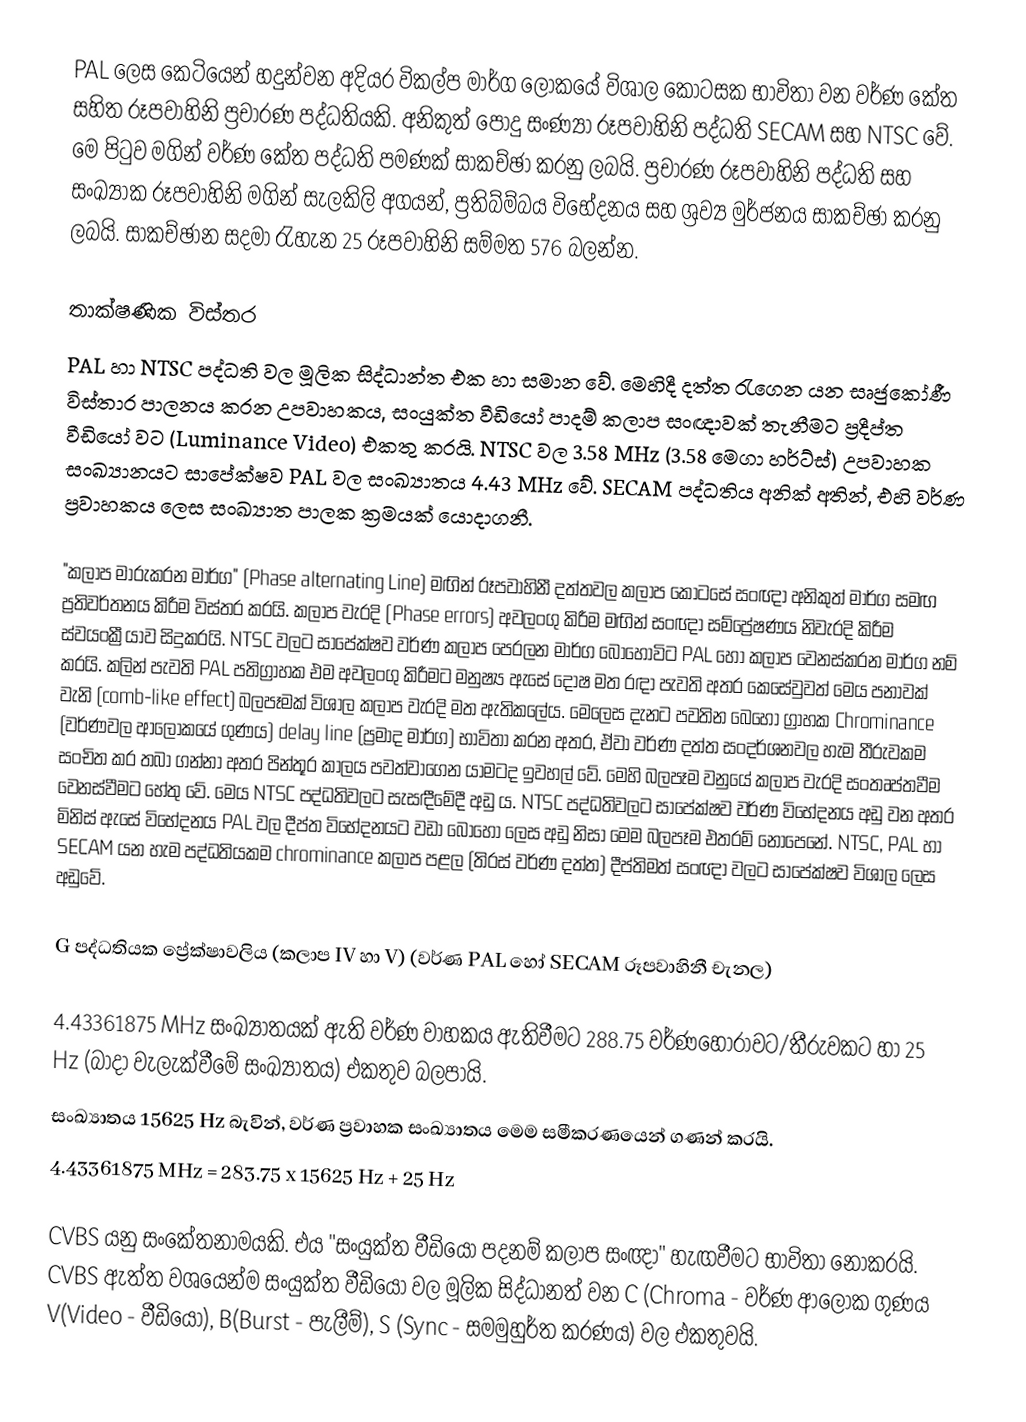
PAL ලෙස කෙටියෙන් හදුන්වන අදියර විකල්ප මාර්ග ලෝකයේ විශාල කොටසක භාවිතා වන වර්ණ කේත සහිත රූපවාහිනි ප්‍රචාරණ පද්ධතියකි. අනිකුත් පොදු සංණ්‍යා රූපවාහිනි පද්ධති SECAM සහ NTSC වේ. මෙ පිටුව මගින් වර්ණ කේත පද්ධති පමණක් සාකච්ඡා කරනු ලබයි. ප්‍රචාරණ රූපවාහිනි පද්ධති සහ සංඛ්‍යාක රූපවාහිනි මගින් සැලකිලි අගයන්, ප්‍රතිබ්ම්බය විභේදනය සහ ශ්‍රව්‍ය මුර්ජනය සාකච්ඡා කරනු ලබයි. සාකච්ඡාන සදමා රැහැන 25 රූපවාහිනි සම්මත 576 බලන්න.

තාක්ෂණික විස්තර
PAL හා NTSC පද්ධති වල මූලික සිද්ධාන්ත එක හා සමාන වේ. මෙහිදී දත්ත ‍රැගෙන යන සෘජුකෝණී විස්තාර පාලනය කරන උපවාහකය, සංයුක්ත වීඩියෝ පාදම් කලාප සංඥාවක් තැනීමට ප්‍රදීප්ත වීඩියෝ වට (Luminance Video) එකතු කරයි. NTSC වල 3.58 MHz (3.58 මෙගා හර්ට්ස්) උපවාහක සංඛ්‍යානයට සාපේක්ෂව PAL වල සංඛ්‍යාතය 4.43 MHz වේ. SECAM පද්ධතිය අනික් අතින්, එහි වර්ණ ප්‍රවාහකය ලෙස සංඛ්‍යාත පාලක ක්‍රමයක් යොදාගනී.

"කලාප මාරුකරන මාර්ග" (Phase alternating Line) මඟින් රූපවාහිනී දත්තවල කලාප කොටසේ සංඥා අනිකුත් මාර්ග සමඟ ප්‍රතිවර්තනය කිරීම විස්තර කරයි. කලාප වැරදි (Phase errors) අවලංගු කිරීම මඟින් සංඥා සම්ප්‍රේෂණය නිවැරදි කිරීම ස්වයංක්‍රීයාව සිදුකරයි. NTSC වලට සාපේක්ෂව වර්ණ කලාප පෙරලන මාර්ග බොහෝවිට PAL හෝ කලාප වෙනස්කරන මාර්ග නම් කරයි. කලින් පැවති PAL පතිග්‍රාහක එම අවලංගු කිරීමට මනුෂ්‍ය ඇසේ දෝෂ මත රඳා පැවති අතර කෙසේවුවත් මෙය පනාවක් වැනි (comb-like effect) බලපෑමක් විශාල කලාප වැරදි මත ඇතිකලේය. මෙලෙස දැනට පවතින බෙහෝ ග්‍රාහක Chrominance (වර්ණවල ආලෝකයේ ගුණය) delay line (ප්‍රමාද මාර්ග) භාවිතා කරන අතර, ඒවා වර්ණ දත්ත සංදර්ශනවල හැම තීරුවකම සංචිත කර තබා ගන්නා අතර පින්තූර කාලය පවත්වාගෙන යාමටද ඉවහල් වේ. මෙහි බලපෑම වනුයේ කලාප වැරදි සංතෘප්තවීම වෙනස්වීමට හේතු වේ. මෙය NTSC පද්ධතිවලට සැසඳීමේදී අඩු ය. NTSC පද්ධතිවලට සාපේක්ෂව වර්ණ විභේදනය අඩු වන අතර මිනිස් ඇසේ විභේදනය PAL වල දීප්ත විභේදනයට වඩා බොහෝ ලෙස අඩු නිසා මෙම බලපෑම එතරම් නොපෙනේ. NTSC, PAL හා SECAM යන හැම පද්ධතියකම chrominance කලාප පළල (තිරස් වර්ණ දත්ත) දීප්තිමත් සංඥා වලට සාපේක්ෂව විශාල ලෙස අඩුවේ.

G පද්ධතියක ප්‍රේක්ෂාවලිය (කලාප IV හා V) (වර්ණ PAL හෝ SECAM රූපවාහිනී චැනල)

4.43361875 MHz සංඛ්‍යාතයක් ඇති වර්ණ වාහකය ඇතිවීමට 288.75 වර්ණ‍හෝරාවට/තීරුවකට හා 25 Hz (බාදා වැලැක්වීමේ සංඛ්‍යාතය) එකතුව බලපායි.
සංඛ්‍යාතය 15625 Hz බැවින්, වර්ණ ප්‍රවාහක සංඛ්‍යාතය මෙම සමීකරණයෙන් ගණන් කරයි.
4.43361875 MHz = 283.75 x 15625 Hz + 25 Hz

CVBS යනු සංකේතනාමයකි. එය "සංයුක්ත වීඩියෝ පදනම් කලාප සංඥා" හැඟවීමට භාවිතා නොකරයි. CVBS ඇත්ත වශයෙන්ම සංයුක්ත වීඩියෝ වල මූලික සිද්ධානත් වන C (Chroma - වර්ණ ආලෝක ගුණය  V(Video - වීඩියෝ), B(Burst - පැලීම්), S (Sync - සමමුහුර්ත කරණය) වල එකතුවයි.